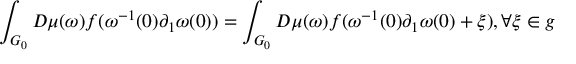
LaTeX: \int _ { G _ { 0 } } D \mu ( \omega ) f ( \omega ^ { - 1 } ( 0 ) \partial _ { 1 } \omega ( 0 ) ) = \int _ { G _ { 0 } } D \mu ( \omega ) f ( \omega ^ { - 1 } ( 0 ) \partial _ { 1 } \omega ( 0 ) + \xi ) , \forall \xi \in g